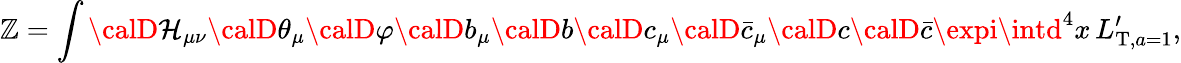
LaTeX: \mathbb{Z}=\int{\calD}\mathcal{H}_{\mu\nu}{\calD}\theta_{\mu}{\calD}\varphi{\calD}b_{\mu}{\calD}b{\calD}c_{\mu}{\calD}\bar{{c}}_{\mu}{\calD}c{\calD}\bar{{c}}\expi\intd^{4}x\, L_{\mathrm{{T}},a=1}^{\prime},